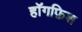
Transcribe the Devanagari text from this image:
हॉगफ़िश